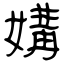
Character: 媾